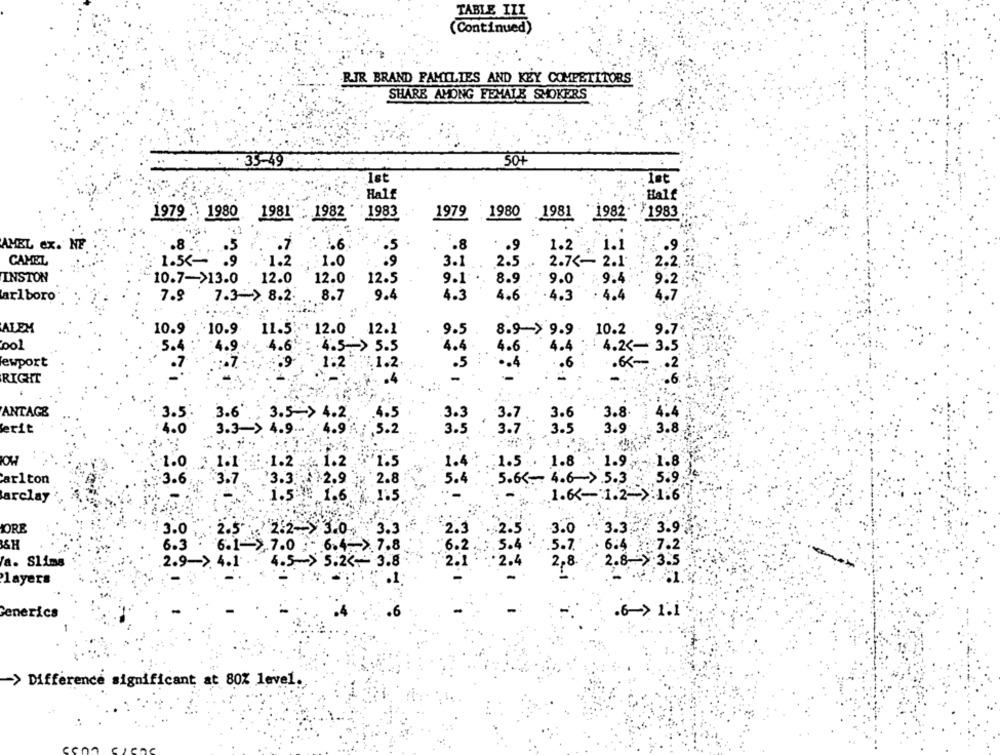
TABLE ILI
(Continued)
RIR BRAND FAMILIES AND KEY COMPETITORS
SHARE AMONG FEMALE SMOKERS
: 35-49
50+
Half
Half
1983
1979 .: 1980 1981': 1982
:1983
1979
1980 1981 1982
*. 1
AMEL ex. NE
.8
.5
.7
5.6
.5
.8
.. 9
1.2 -
:1.1
.. 9
CAMEL
1.55 -
.9
:1.2
1.0
.9
3.1
2.5
2.7 <- 2.1
2.2, 3
INSTON
10.7->13.0
12.0
12.0
12.5
9.1
8.9
:9.4
9.0
9.2
arlboro
7.9
7.3 . 8.2
8.7
9.4
4.3
4.6
.4.3
: 4.4
4.7
ALEM
10.9
10.9
11.5
12.0
12.1
9.5
8.9 > 9.9
10.2.
9.7
001
4.4
4.6
4.4
4.2 <- 3.5
5.4
1.9.
4.6
4.5> 5.5
ewport
.6
.7
71.2
.5
.. 4
.6 .... 2
RIGHT
.4
.. 6
ANTAG&
.3.6'
3.3
3.7
3.6
3.8.
3.5.
3.5- >
4.5
4.4
erit
4.0
3.3-5
4.9
3.5
3.7
3.5
3.9
3. 8
,3.2
IOW
1.0
1.1 1.2 1.2
1.5
1.4
1.5 . 1.8 : 1.9
1.8
ar1ton
3.6
3.7 3.3. 2.9
2.8
5.4
5.6 <-- 4.6-> .5.3
3.9
arclay
1.5- 1.6
1.5
1.67-1.2-> 1.6
2.5
3.0;
2.5 . 2.2- 3.0
3.3
2.3
3.0
3.3
3.9
SH
6.3
6.1 >.7.0 - 6.4-> 7.8
6.2.
.5.4
.5.7
. 6.4
7.2
a. Slims
2.9->. 4.1 .
4.5-> 5.2 <-- 3.8
2.1
.2.4
2,8
2.8-
layers
Generics
.6-> 1.1
>Difference significant at 80% level.